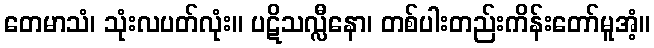
တေမာသံ၊ သုံးလပတ်လုံး။ ပဋိသလ္လီနော၊ တစ်ပါးတည်းကိန်းတော်မူအံ့။